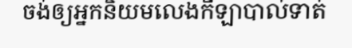
ចង់ឲ្យអ្នកនិយមលេងកីឡាបាល់ទាត់